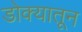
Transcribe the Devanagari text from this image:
डोक्‍यातून